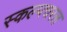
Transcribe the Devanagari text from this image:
स्‍कल्‍पचरल